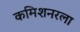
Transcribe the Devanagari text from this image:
कमिशनरला